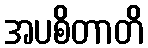
အပစိတာတိ